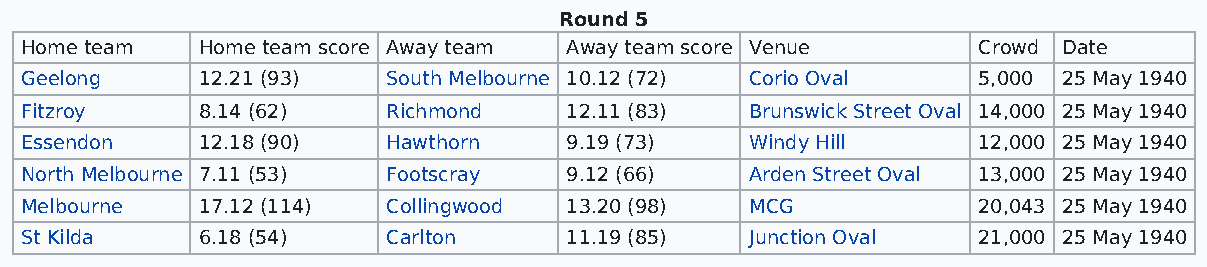
Round 5
 Home team   Home team score Away team Away team score Venue     Crowd Date
 Geelong     12.21 (93)   South Melbourne 10.12 (72) Corio Oval  5,000 25 May 1940
 Fitzroy     8.14 (62)    Richmond   12.11 (83)   Brunswick Street Oval 14,000 25 May 1940
 Essendon    12.18 (90)   Hawthorn   9.19 (73)    Windy Hill     12,000 25 May 1940
 North Melbourne 7.11 (53) Footscray 9.12 (66)    Arden Street Oval 13,000 25 May 1940
 Melbourne   17.12 (114)  Collingwood 13.20 (98)  MCG            20,043 25 May 1940
 St Kilda    6.18 (54)    Carlton    11.19 (85)   Junction Oval  21,000 25 May 1940